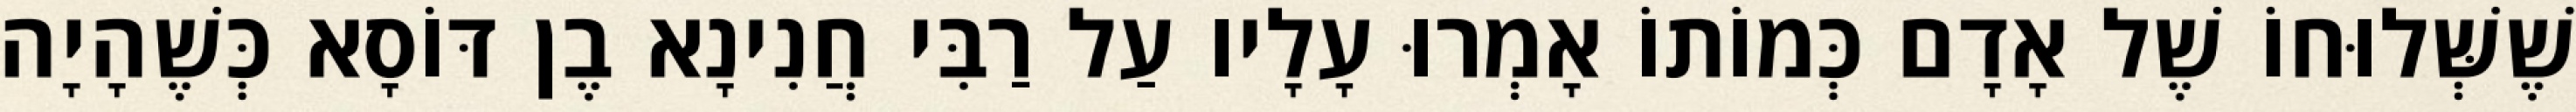
שֶׁשְּׁלוּחוֹ שֶׁל אָדָם כְּמוֹתוֹ אָמְרוּ עָלָיו עַל רַבִּי חֲנִינָא בֶן דּוֹסָא כְּשֶׁהָיָה